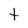
Character: t